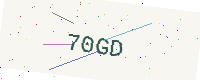
Text: 70GD